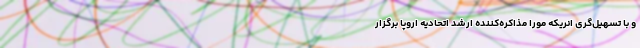
و با تسهیل‌گری انریکه مورا مذاکره‌کننده ارشد اتحادیه اروپا برگزار